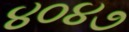
૪૦૪૭